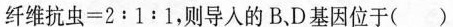
纤 维 抗 虫 = 2﹔1﹔1$$，则导人的B、D基因位于( )